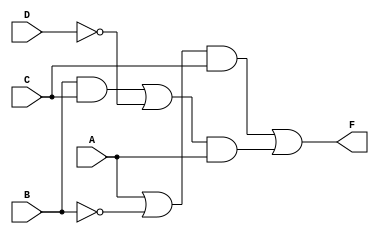
module Lab1_dataflow(F, A, B, C, D);
    input   A, B, C, D;
    output  F;
    wire [0:5] w;

    assign w[0] = A || !B;
    assign w[1] = w[0] && C;
    assign w[2] = B && C;
    assign w[3] = w[2] || !D;
    assign w[4] = w[3] && A;
    assign F = w[1] || w[4];

endmodule